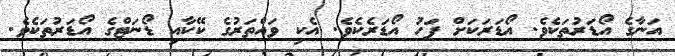
އަނާގެ އޯޑަރުތަކެވެ. އޯޑަރަކަށް ފަހު އޯޑަރެކެވެ. އެކި ވައްތަރުގެ ކޭކާއި ޑޯނަޓްގެ އޯޑަރުތަކެވެ.